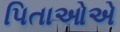
પિતાઓએ